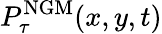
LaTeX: P_{\tau}^{\mathrm{{NGM}}}(x,y,t)